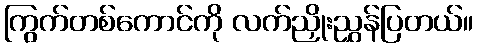
ကြွက်တစ်ကောင်ကို လက်ညှိုးညွှန်ပြတယ်။